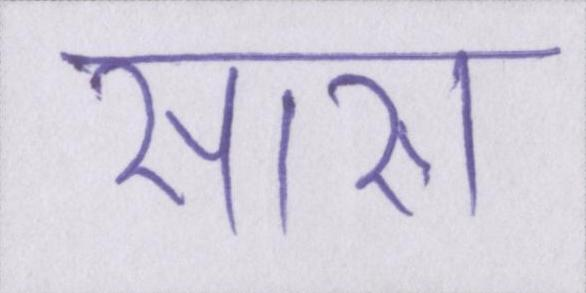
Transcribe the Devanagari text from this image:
सारा